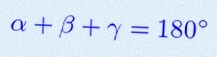
\alpha+\beta+\gamma=180^\circ